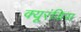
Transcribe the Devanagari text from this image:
क्यूरंडिस